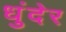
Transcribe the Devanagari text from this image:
धुंदेर